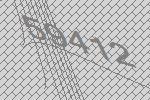
59412